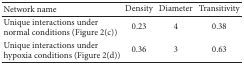
| Network name | Density | Diameter | Transitivity |
 | --- | --- | --- | --- |
 | Unique interactions under normal conditions (Figure 2(c)) | 0.23 | 4 | 0.38 |
 | Unique interactions under hypoxia conditions (Figure 2(d)) | 0.36 | 3 | 0.63 |